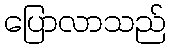
ပြောလာသည်